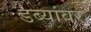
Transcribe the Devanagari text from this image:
डब्यांवर